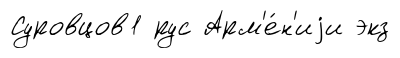
Суровцов1 рус Арм'е́н'иjи экз